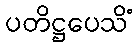
ပတိဋ္ဌပေသိံ